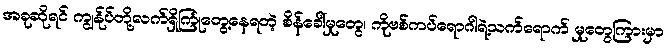
အခုဆိုရင် ကျွန်ုပ်တို့လက်ရှိကြုံတွေ့နေရတဲ့ စိန်ခေါ်မှုတွေ၊ ကိုဗစ်ကပ်ရောဂါရဲ့သက်ရောက် မှုတွေကြားမှာ